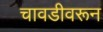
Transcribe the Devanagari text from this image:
चावडीवरून